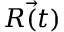
\vec { R ( t ) }